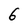
Character: 6